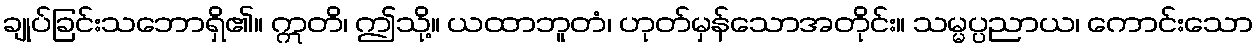
ချုပ်ခြင်းသဘောရှိ၏။ ဣတိ၊ ဤသို့။ ယထာဘူတံ၊ ဟုတ်မှန်သောအတိုင်း။ သမ္မပ္ပညာယ၊ ကောင်းသော